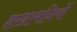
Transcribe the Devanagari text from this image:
हख़ामनियों